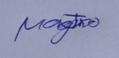
Signature authenticity: genuine